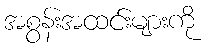
အစွန်းအထင်းများကို